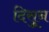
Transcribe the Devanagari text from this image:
दिसुून